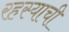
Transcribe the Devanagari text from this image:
रहस्याची